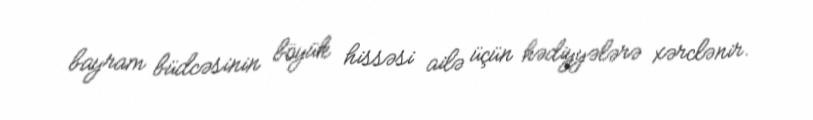
bayram büdcəsinin böyük hissəsi ailə üçün hədiyyələrə xərclənir.